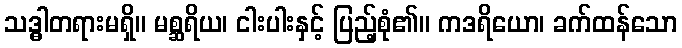
သဒ္ဓါတရားမရှိ။ မစ္ဆရိယ၊ ငါးပါးနှင့် ပြည့်စုံ၏။ ကဒရိယော၊ ခက်ထန်သော